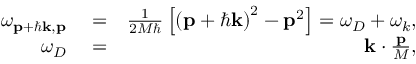
\begin{array} { r l r } { \omega _ { \mathbf { p } + \hbar \mathbf { k } , \mathbf { p } } } & { { } = } & { \frac { 1 } { 2 M \hbar } \left[ \left( \mathbf { p } + \hbar \mathbf { k } \right) ^ { 2 } - \mathbf { p } ^ { 2 } \right] = \omega _ { D } + \omega _ { k } , } \\ { \omega _ { D } } & { { } = } & { \mathbf { k } \cdot \frac { \mathbf { p } } { M } , } \end{array}